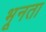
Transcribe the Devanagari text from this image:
भूनता